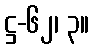
ဋ္ဌ-၆၂၊ ၃။